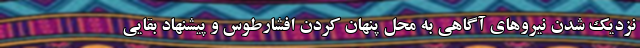
نزدیک شدن نیروهای آگاهی به محلِ پنهان کردنِ افشارطوس و پیشنهاد بقایی